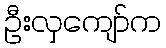
ဦးလှကျော်က